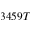
3 4 5 9 T